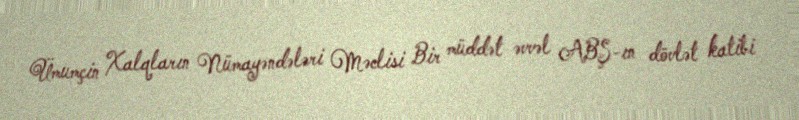
Ümumçin Xalqların Nümayəndələri Məclisi Bir müddət əvvəl ABŞ-ın dövlət katibi